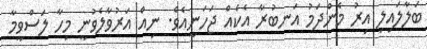
ބަލާލައިލި އިރު މެންދަމު އަނބުރާ އެކެއް ޖަހަނީއެވެ. ނިއް އަރުވާލެވުނީ މިހާ ލަސްވީމާ